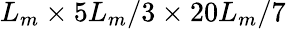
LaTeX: L_{m}\times 5L_{m}/3\times 20L_{m}/7